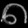
Digit: ၈